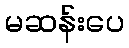
မဆန်းပေ